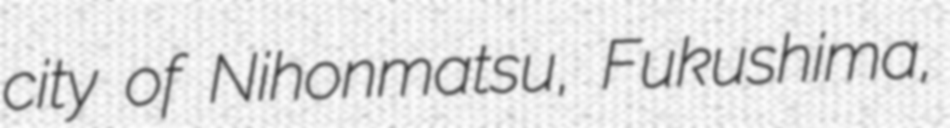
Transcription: city of Nihonmatsu, Fukushima,